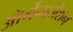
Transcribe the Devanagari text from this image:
ऑर्गेनाजेशन